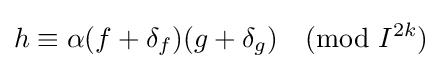
h\equiv \alpha (f+\delta _{f})(g+\delta _{g}){\pmod {I^{2k}}}